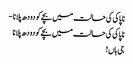
ناپاکی کی حالت میں بچےکو دودھ پلانا -
ناپاکی کی حالت میں بچےکو دودھ پلانا
جی ہاں !